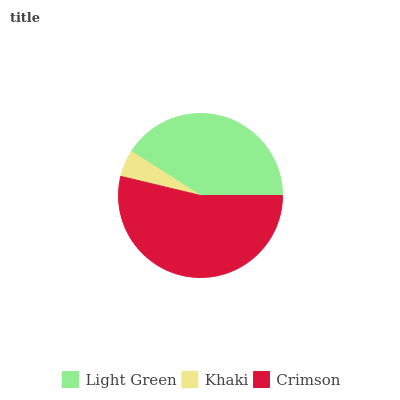
| Light Green | Khaki | Crimson |
 | --- | --- | --- |
 | 40.9% | 5.28% | 53.8% |